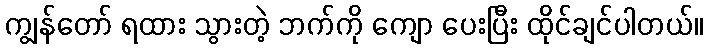
ကျွန်တော် ရထား သွားတဲ့ ဘက်ကို ကျော ပေးပြီး ထိုင်ချင်ပါတယ်။